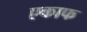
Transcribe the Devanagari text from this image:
एकाफ